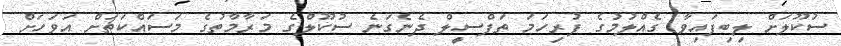
ސުކޫލަށް ލިބިފައިވާ ގެއްލުމުގެ ފުރިހަމަ ތަފްސީލް ދެނެގަނެ ސުކޫލްގެ މަރާމާތުގެ މަސައްކަތަށް އަވަހަށް